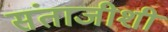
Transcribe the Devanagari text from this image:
संताजीशी